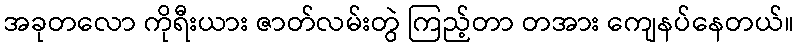
အခုတလော ကိုရီးယား ဇာတ်လမ်းတွဲ ကြည့်တာ တအား ကျေနပ်နေတယ်။